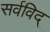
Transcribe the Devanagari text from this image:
सर्वविद्